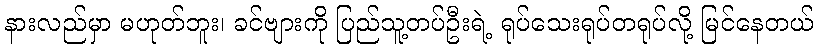
နားလည်မှာ မဟုတ်ဘူး၊ ခင်ဗျားကို ပြည်သူ့တပ်ဦးရဲ့ ရုပ်သေးရုပ်တရုပ်လို့ မြင်နေတယ်